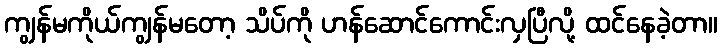
ကျွန်မကိုယ်ကျွန်မတော့ သိပ်ကို ဟန်ဆောင်ကောင်းလှပြီလို့ ထင်နေခဲ့တာ။